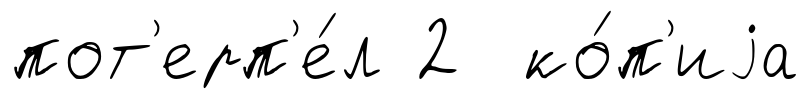
пот'ерп'е́л 2 ко́п'иjа